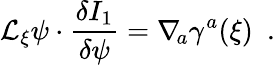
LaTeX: {\cal L}_{\xi}\psi\cdot{\frac{\delta I_{1}}{\delta\psi}}=\nabla_{\! a}\gamma^{a}(\xi)\ \ .